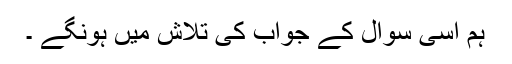
ہم اسی سوال کے جواب کی تلاش میں ہونگے ۔